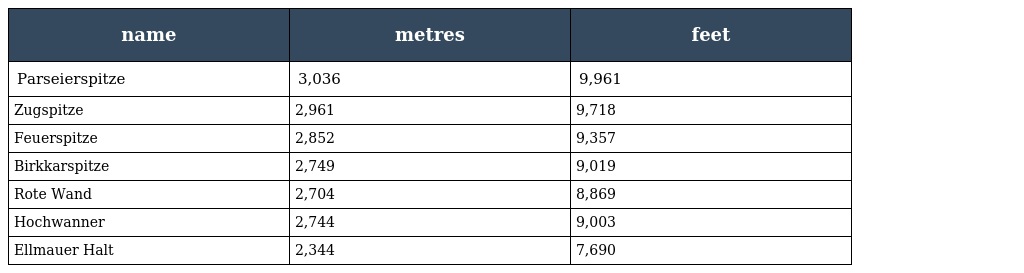
| name | metres | feet |
 | --- | --- | --- |
 | Parseierspitze | 3,036 | 9,961 |
 | Zugspitze | 2,961 | 9,718 |
 | Feuerspitze | 2,852 | 9,357 |
 | Birkkarspitze | 2,749 | 9,019 |
 | Rote Wand | 2,704 | 8,869 |
 | Hochwanner | 2,744 | 9,003 |
 | Ellmauer Halt | 2,344 | 7,690 |